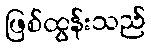
ဖြစ်ထွန်းသည်